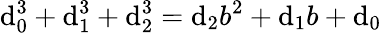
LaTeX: \mathrm{d}_{0}^{3}+\mathrm{d}_{1}^{3}+\mathrm{d}_{2}^{3}=\mathrm{d}_{2}b^{2}+\mathrm{d}_{1}b+\mathrm{d}_{0}